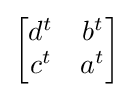
{\begin{bmatrix}d^{t}&b^{t}\\c^{t}&a^{t}\end{bmatrix}}